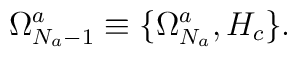
\Omega^a_{N_a-1} \equiv \{\Omega^a_{N_a},H_c\}.